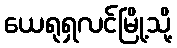
ယေရုရှလင်မြို့သို့